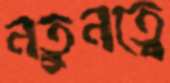
নতুনত্বে